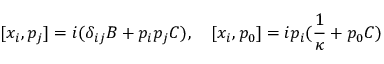
[ x _ { i } , p _ { j } ] = i ( \delta _ { i j } B + p _ { i } p _ { j } C ) , \quad [ x _ { i } , p _ { 0 } ] = i p _ { i } ( \frac { 1 } { \kappa } + p _ { 0 } C )